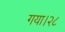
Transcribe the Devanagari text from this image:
गया।२८